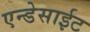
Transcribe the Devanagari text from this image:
एन्डेसाईट